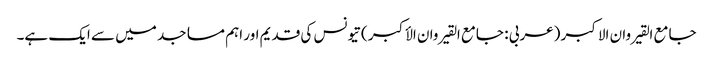
جامع القیروان الاکبر (عربی : جامع القیروان الأکبر ) تیونس کی قدیم اور اہم مساجد میں سے ایک ہے۔